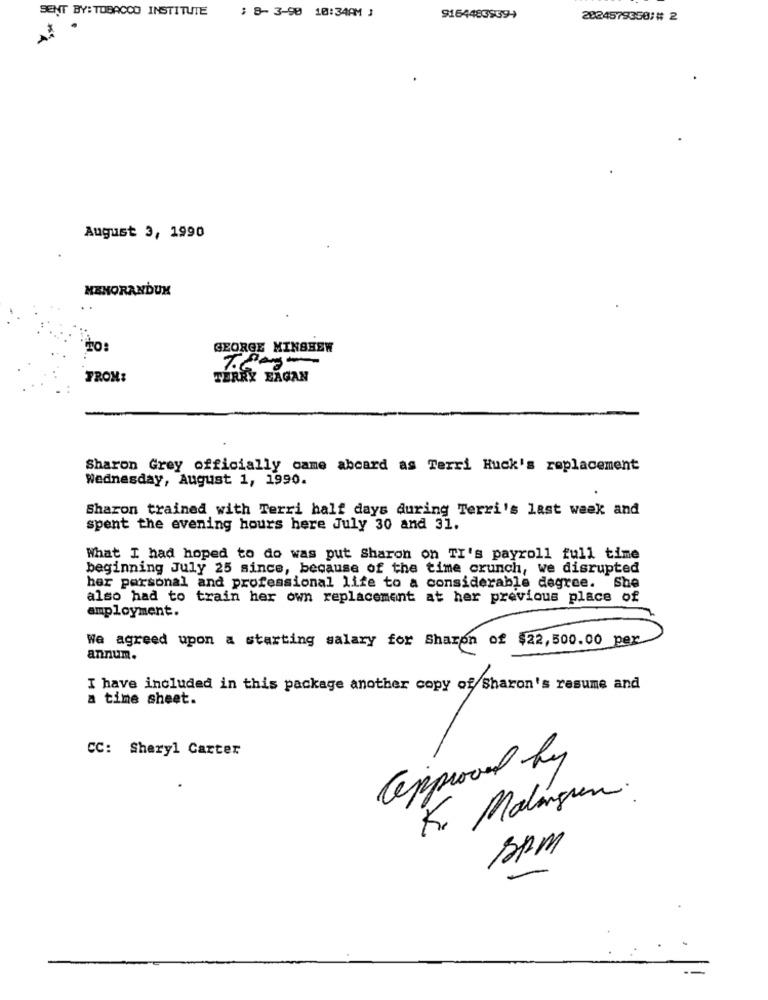
SENT BY:TOBACCO INSTITUTE
: 8-3-98 10:34AM J
91644839394
2024579350/# 2
.
August 3, 1990
MEMORANDUM
GEORGE MINSHEW
FROM:
TERRY EAGAN
Sharon Grey officially came abcard as Terri Huck's replacement
Wednesday, August 1, 1990.
Sharon trained with Terri half days during Terri's last week and
spent the evening hours here July 30 and 31.
What I had hoped to do was put Sharon on TI's payroll full time
beginning July 25 since, because of the time crunch, we disrupted
her personal and professional life to a considerable degree.
She
also had to train her own replacement at her previous place of
employment.
We agreed upon a starting salary for Sharon of $22,500.00 per
annum.
I have included in this package another copy of Sharon's resume and
a time sheet.
CC: Sheryl Carter
approved by
R. Malanguen.
SAM